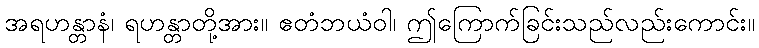
အရဟန္တာနံ၊ ရဟန္တာတို့အား။ ဧတံဘယံဝါ၊ ဤကြောက်ခြင်းသည်လည်းကောင်း။